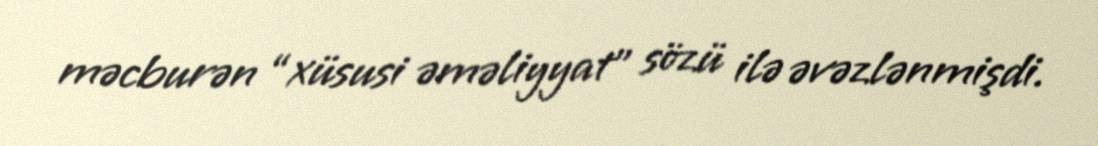
məcburən “xüsusi əməliyyat” sözü ilə əvəzlənmişdi.